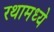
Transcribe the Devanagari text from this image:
रथामध्ये